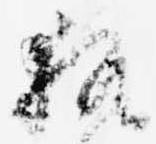
執